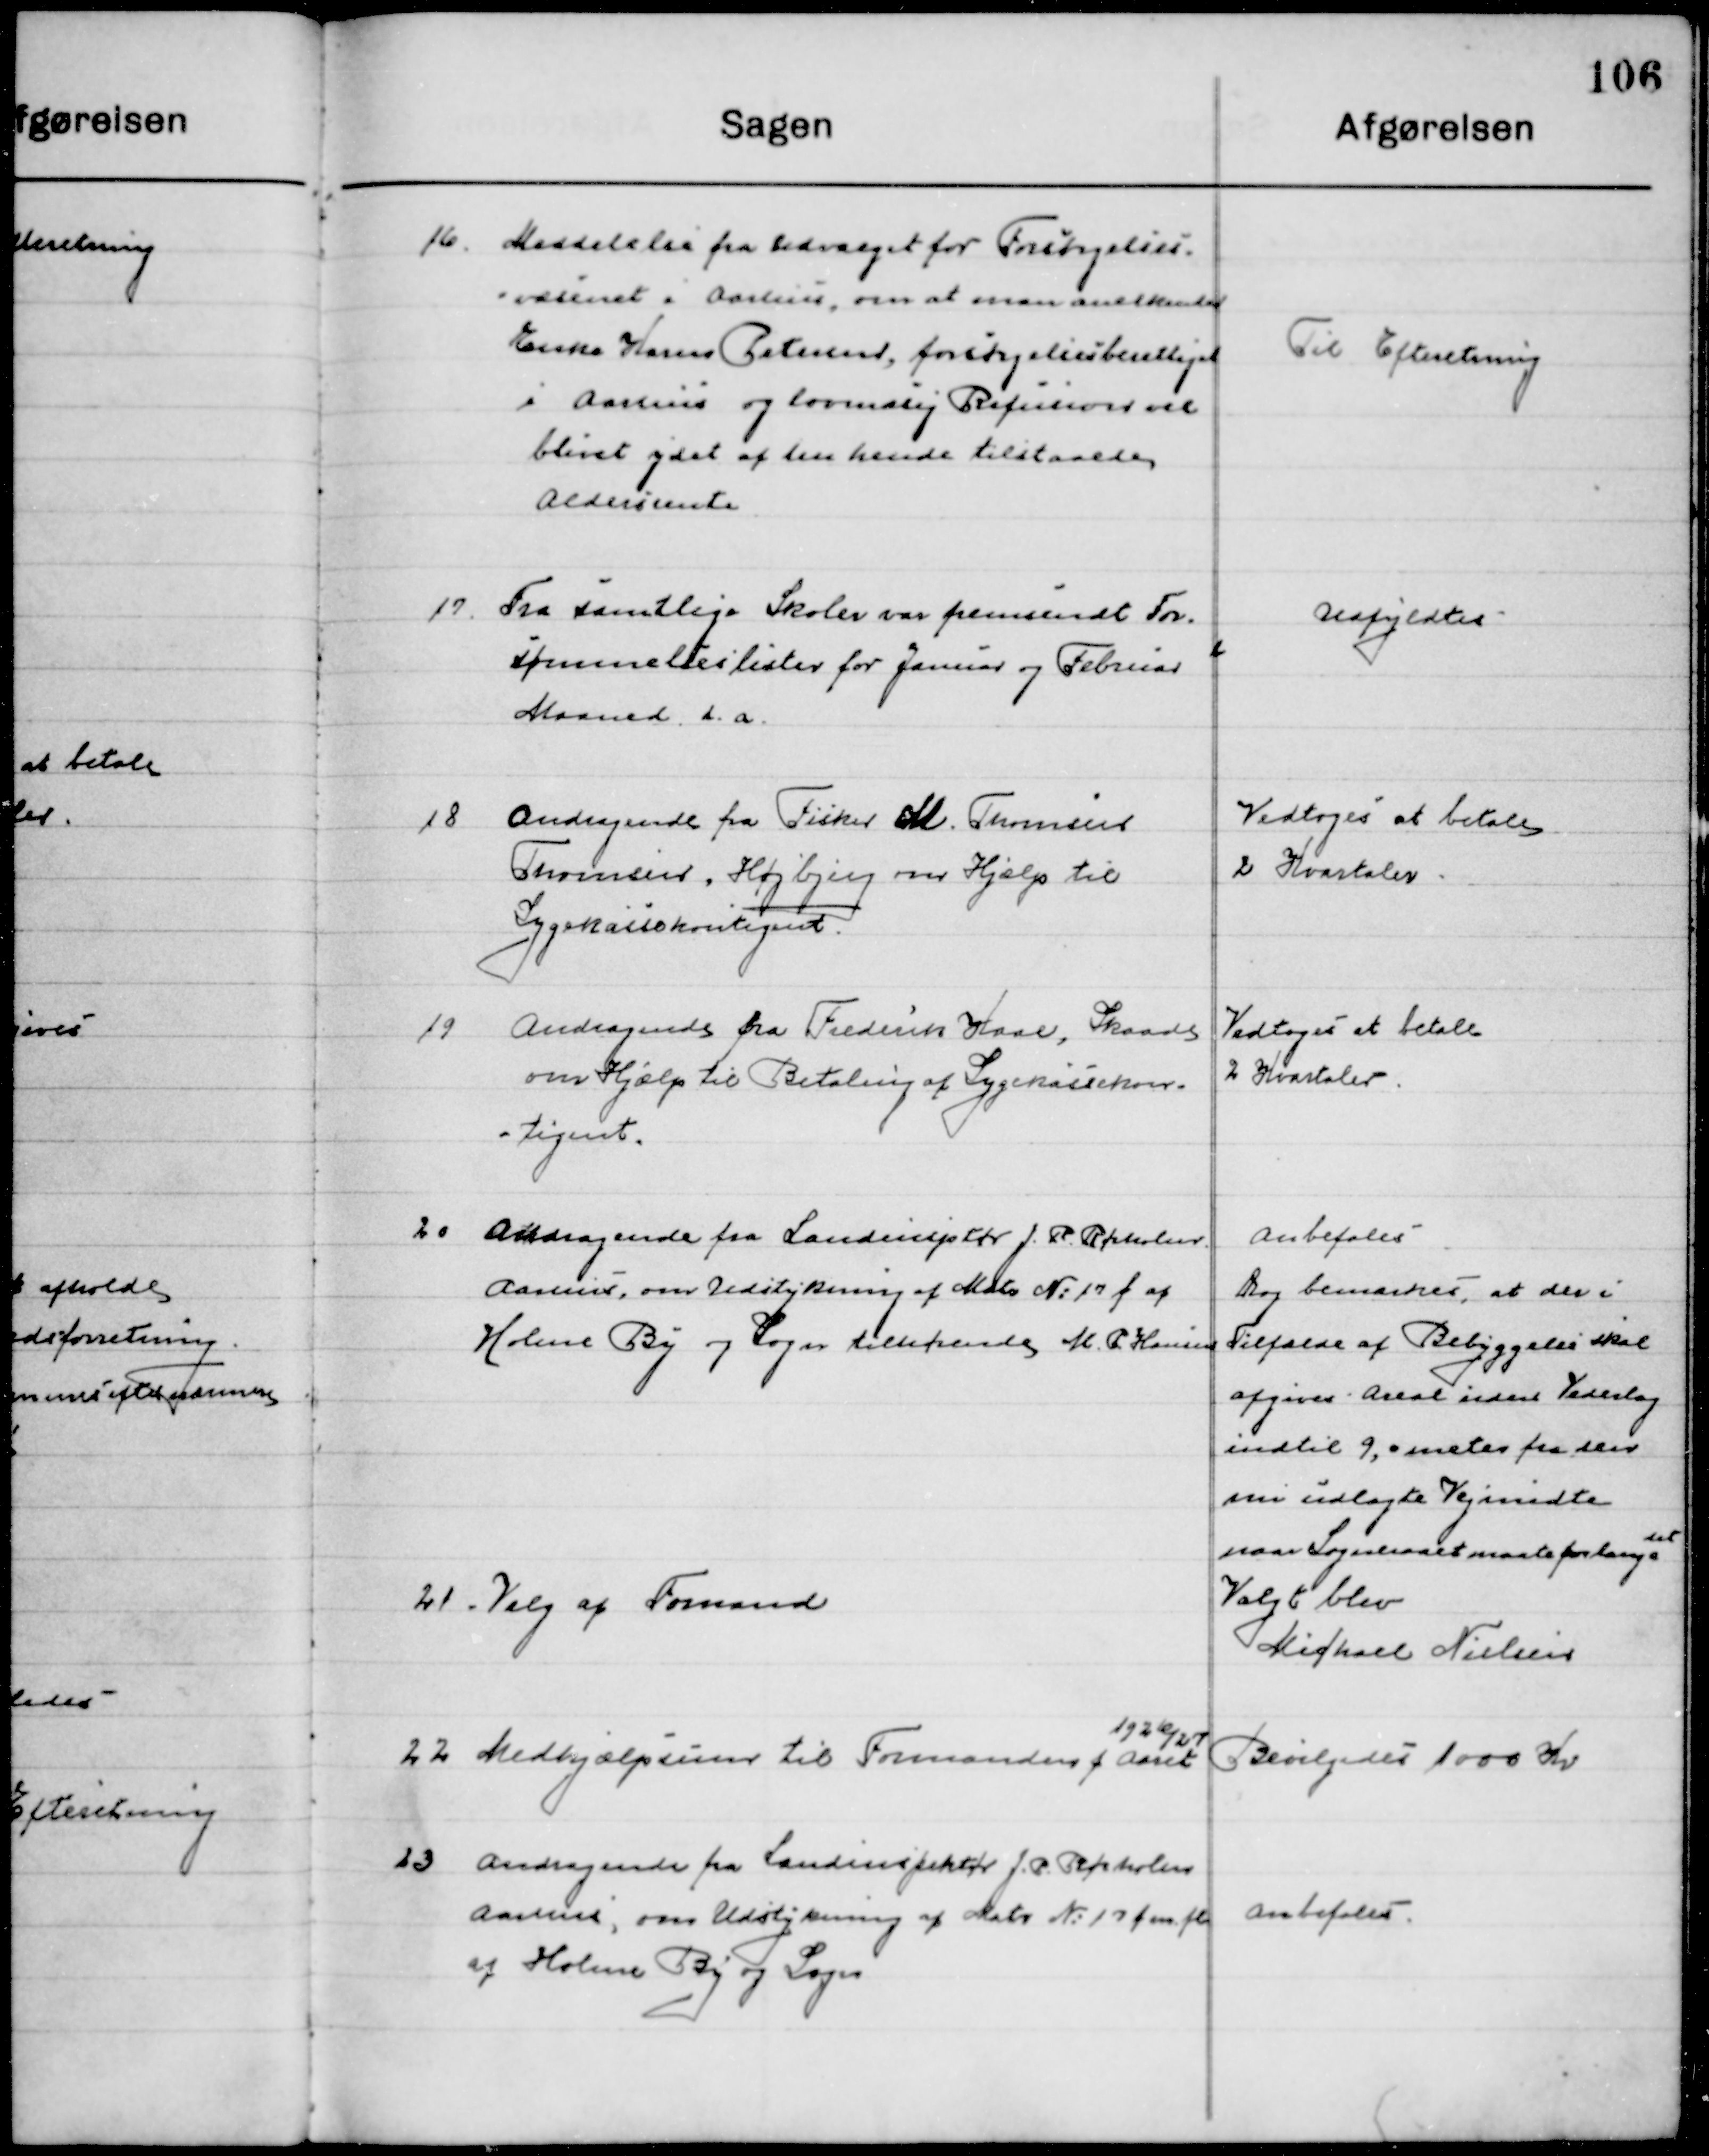
Transskription:
16

Meddelelse fra Udvalget for forsørgelses-
væsenet i Aarhus, om at man anerkender
Enke Hane Petersen, forsørgelsesberettiget
i Aarhus og lovmæssig Refusion vil   
blivet ydet af den hende tilstaaede	
Aldersrente

Til Efterretning

17

Fra samtlige Skoler var fremsendt For-
sømmelseslister for Januar og Februar 
Maaned d. a.

Udfyldes

18

Andragende fra fisker M. Thomsen
Thomsen, Højbjerg om Hjælp til
Sygekassekontingent

Vedtoges at betale
2 Kvartaler

19

Andragende fra Frederik Kaas, Skaade
om Hjælp til Betaling af Sygekassekon-
tingent.

Vedtoges at betale
2 Kvartaler

20

Andragende fra Landinspektør J. P. Rørholm
Aarhus, om Udstykning af Matr. No. 17 f af Holme 	
By og Sogn tilhørende M. P. Hansen

Anbefales
Dog bemærkes, at der i
Tilfælde af Bebyggelsen skal
afgive areal uden Vederlag
Indtil 9, males fra den
om udlagte Vejmidte
naar Sogneraadet maatte forlange
det

21

Valg af Formand

Valgt blev
Michael Nielsen

22

Medhjælperer til Formanden f. Aaret 
1926/27

Bevilgedes 1000 Kr.

23

Andragende fra Landinspektør J. P. Rørholm
Aarhus, om Udstykning af Matr. No. 17 f m. fl. 
af Holme By og Sogn

Anbefales